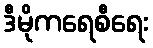
ဒီမိုကရေစီရေး